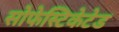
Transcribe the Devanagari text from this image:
सोफेस्टिकेटेड